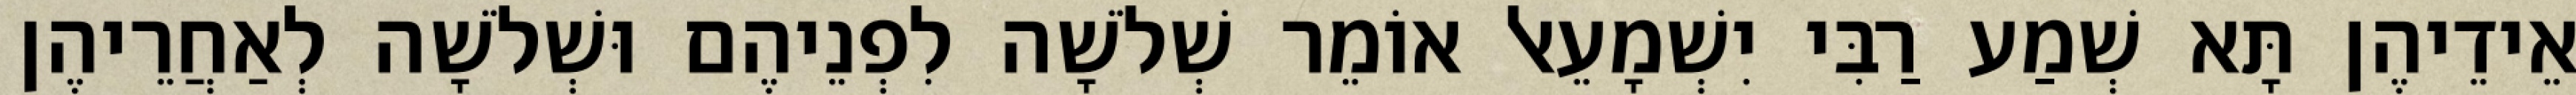
אֵידֵיהֶן תָּא שְׁמַע רַבִּי יִשְׁמָעֵאל אוֹמֵר שְׁלֹשָׁה לִפְנֵיהֶם וּשְׁלֹשָׁה לְאַחֲרֵיהֶן